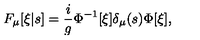
F _ { \mu } [ \xi | s ] = \frac { i } { g } \Phi ^ { - 1 } [ \xi ] \delta _ { \mu } ( s ) \Phi [ \xi ] ,